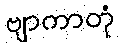
ဗျာကာတုံ